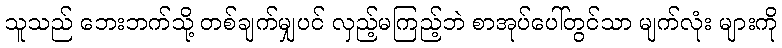
သူသည် ဘေးဘက်သို့ တစ်ချက်မျှပင် လှည့်မကြည့်ဘဲ စာအုပ်ပေါ်တွင်သာ မျက်လုံး များကို